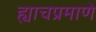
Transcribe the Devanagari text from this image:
ह्याचप्रमाणे